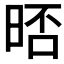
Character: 𣇊